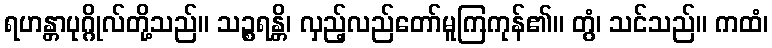
ရဟန္တာပုဂ္ဂိုလ်တို့သည်။ သဉ္စရန္တိ၊ လှည့်လည်တော်မူကြကုန်၏။ တွံ၊ သင်သည်။ ကထံ၊